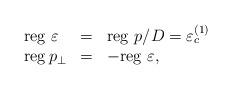
LaTeX: \begin{align*}\begin{array}{lll}{\rm reg}\,\,\varepsilon & = & {\rm reg}\,\,p/D=\varepsilon _{c}^{(1)} \\{\rm reg\,}p_{\perp } & = & -{\rm reg}\,\,\varepsilon ,\end{array}\end{align*}